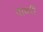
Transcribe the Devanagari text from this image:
वावरी